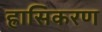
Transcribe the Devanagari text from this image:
ह्रासिकरण